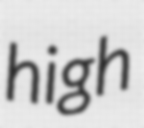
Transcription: high